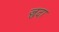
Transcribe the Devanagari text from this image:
ज़ुदा